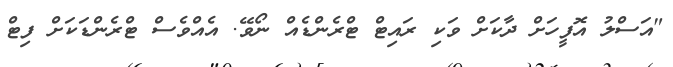
"އަސްލު އޮފީހަށް ދާކަށް ވަކި ރައިޓް ޓްރެންޑެއް ނޯވޭ. އެއްވެސް ޓްރެންޑަކަށް ފިޓް